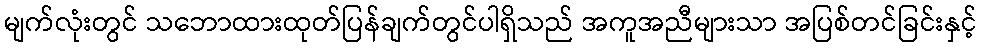
မျက်လုံးတွင် သဘောထားထုတ်ပြန်ချက်တွင်ပါရှိသည် အကူအညီများသာ အပြစ်တင်ခြင်းနှင့်